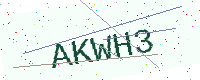
Text: AKWH3